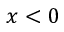
x < 0